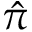
\hat { \pi }